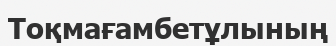
Тоқмағамбетұлының